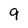
Character: 9